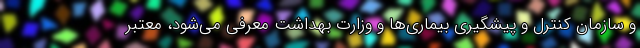
و سازمان کنترل و پیشگیری بیماری‌ها و وزارت بهداشت معرفی می‌شود، معتبر